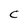
Character: C